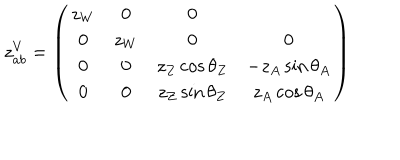
LaTeX: z _ { a b } ^ { V } = \left( \begin{array} { c c c c } { { z _ { W } } } & { { 0 } } & { { 0 } } \\ { { 0 } } & { { z _ { W } } } & { { 0 } } & { { 0 } } \\ { { 0 } } & { { 0 } } & { { z _ { Z } \cos \theta _ { Z } } } & { { - z _ { A } \sin \theta _ { A } } } \\ { { 0 } } & { { 0 } } & { { z _ { Z } \sin \theta _ { Z } } } & { { z _ { A } \cos \theta _ { A } } } \\ \end{array} \right)